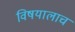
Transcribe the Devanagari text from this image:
विषयालाच